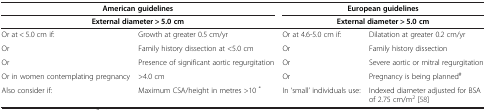
| <COLSPAN=2> American guidelines | <COLSPAN=2> European guidelines |
 | <COLSPAN=2> External diameter > 5.0 cm | <COLSPAN=2> External diameter > 5.0 cm |
 | --- | --- | --- | --- |
 | Or at < 5.0 cm if: | Growth at greater 0.5 cm/yr | Or at 4.6-5.0 cm if: | Dilatation at greater 0.2 cm/yr |
 | Or | Family history dissection at <5.0 cm | Or | Family history dissection |
 | Or | Presence of significant aortic regurgitation | Or | Severe aortic or mitral regurgitation |
 | Or in women contemplating pregnancy | >4.0 cm | Or | Pregnancy is being planned# |
 | Also consider if: | Maximum CSA/height in metres >10 * | In ‘small’ individuals use: | Indexed diameter adjusted for BSA of 2.75 cm/m2[58] |